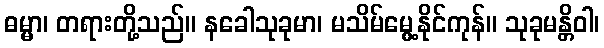
ဓမ္မာ၊ တရားတို့သည်။ နခေါသုခုမာ၊ မသိမ်မွေ့နိုင်ကုန်။ သုခုမန္တိဝါ၊